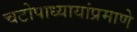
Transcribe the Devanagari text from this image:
चटोपाध्यायांप्रमाणे